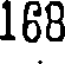
168